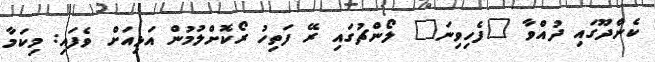
ކެންދޫގައި ދުއްވާ "ފެހިވިނަ" ލޯންޗުގަައި ރޭ ފަތިހު ރޯކޮށްލުމުން އަޅިއަށް ވެފައި: މިކަމާ